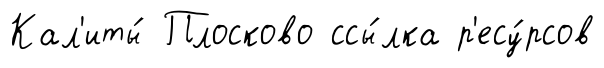
Кал'иты́ Плосково ссы́лка р'есу́рсов